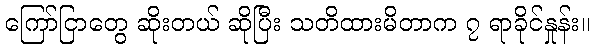
ကြော်ငြာတွေ ဆိုးတယ် ဆိုပြီး သတိထားမိတာက ၇ ရာခိုင်နှုန်း။